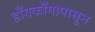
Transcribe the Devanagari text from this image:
हाँगकाँगापासून